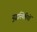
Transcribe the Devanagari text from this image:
युद्धस्थितियों